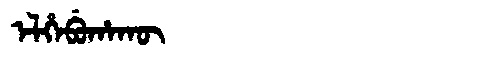
Manchu: ᡝᠯᡥᡝᠪᡠᡥᠠᡴᡡ
Romanization: ELHEBUHAKŪ